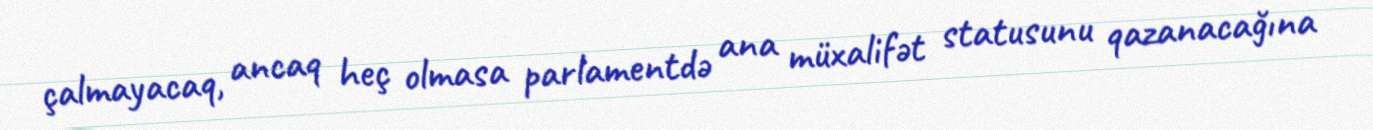
çalmayacaq, ancaq heç olmasa parlamentdə ana müxalifət statusunu qazanacağına